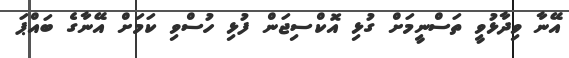
އޭނާ ވިދާޅުވީ ތަސްނީމަށް ގުޅި އޮކްސިޖަން ފުޅި ހުސްވި ކަމަށް އޭނާގެ ބައްޕަ